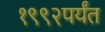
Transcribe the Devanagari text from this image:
१९९२पर्यंत